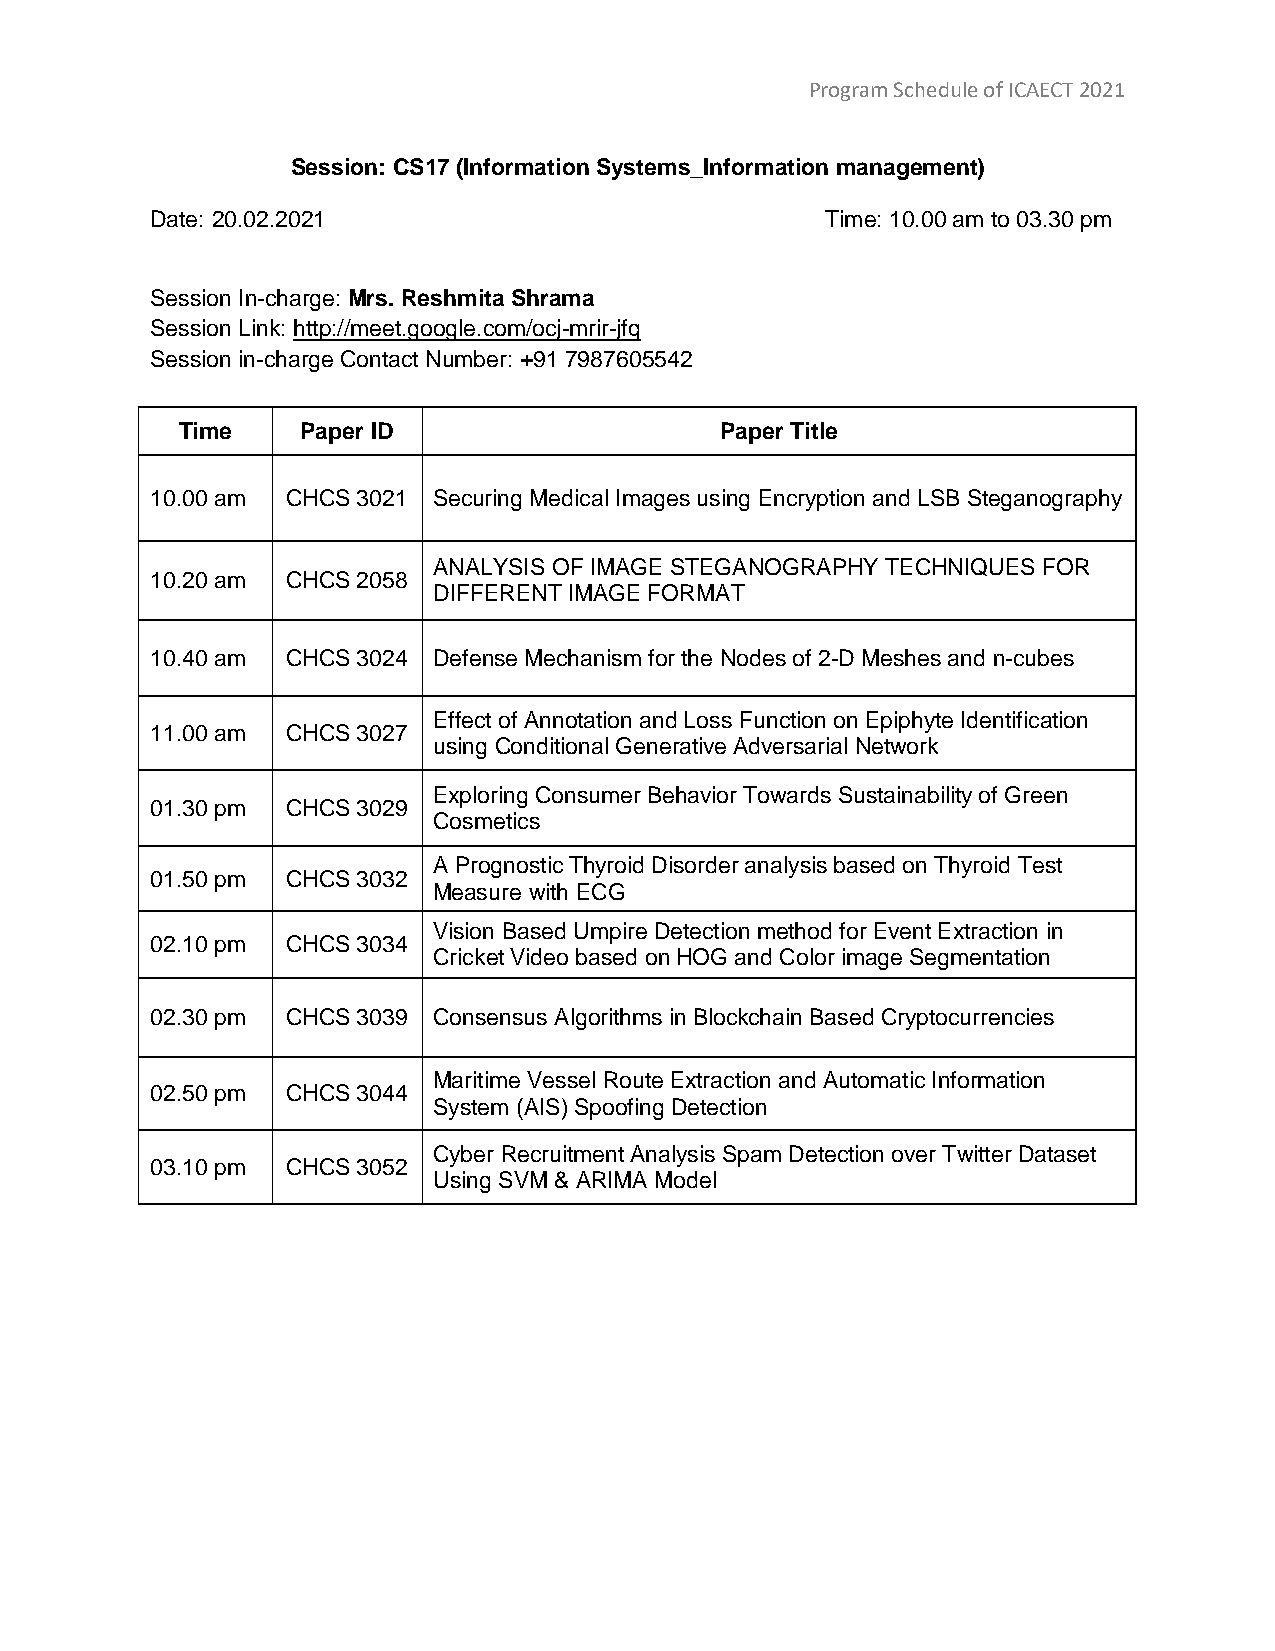
Program Schedule of ICAECT 2021
 Session: CS17 (Information Systems_Information management)
 Date: 20.02.2021                             Time: 10.00 am to 03.30 pm
 Session In-charge: Mrs. Reshmita Shrama
 Session Link: http://meet.google.com/ocj-mrir-jfq
 Session in-charge Contact Number: +91 7987605542
 Time    Paper ID                    Paper Title
 10.00 am CHCS 3021 Securing Medical Images using Encryption and LSB Steganography
 ANALYSIS OF IMAGE STEGANOGRAPHY TECHNIQUES FOR
 10.20 am CHCS 2058
 DIFFERENT IMAGE FORMAT
 10.40 am CHCS 3024 Defense Mechanism for the Nodes of 2-D Meshes and n-cubes
 Effect of Annotation and Loss Function on Epiphyte Identification
 11.00 am CHCS 3027
 using Conditional Generative Adversarial Network
 Exploring Consumer Behavior Towards Sustainability of Green
 01.30 pm CHCS 3029
 Cosmetics
 A Prognostic Thyroid Disorder analysis based on Thyroid Test
 01.50 pm CHCS 3032
 Measure with ECG
 Vision Based Umpire Detection method for Event Extraction in
 02.10 pm CHCS 3034
 Cricket Video based on HOG and Color image Segmentation
 02.30 pm CHCS 3039 Consensus Algorithms in Blockchain Based Cryptocurrencies
 Maritime Vessel Route Extraction and Automatic Information
 02.50 pm CHCS 3044
 System (AIS) Spoofing Detection
 Cyber Recruitment Analysis Spam Detection over Twitter Dataset
 03.10 pm CHCS 3052
 Using SVM & ARIMA Model